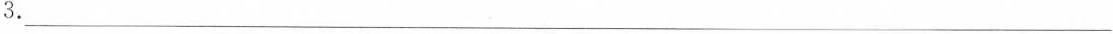
3.___